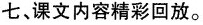
七、课文内容精彩回放。